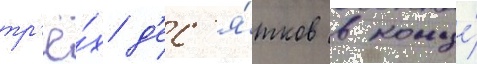
тр'ё́х д'ес'я́тков в конце́